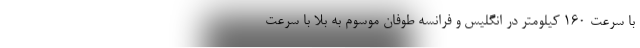
با سرعت ۱۶۰ کیلومتر در انگلیس و فرانسه طوفان موسوم به بلا با سرعت